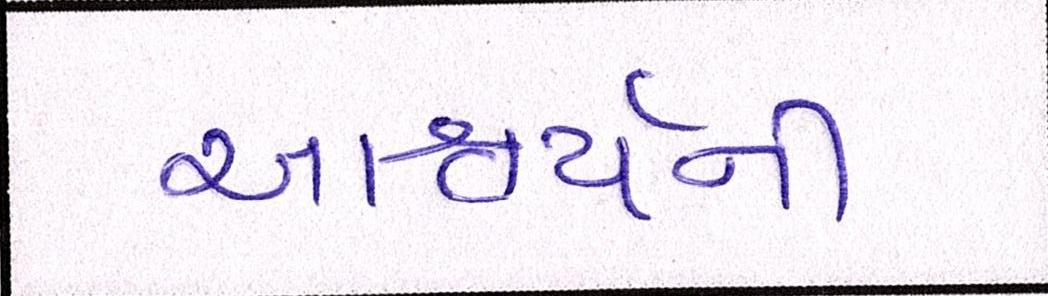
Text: આશ્ચર્ચની